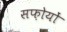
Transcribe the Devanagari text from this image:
सफ़ोयों